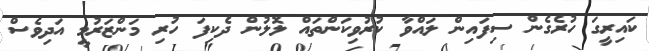
ކައިރީގަ ހުރެގެން ސިފައިން ލައްވާ ކުރުވިކަންތައް ލޮލުން ދެކިފަ ހުރި މަންޒަރުމީ އަދިވެސް